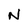
Character: N